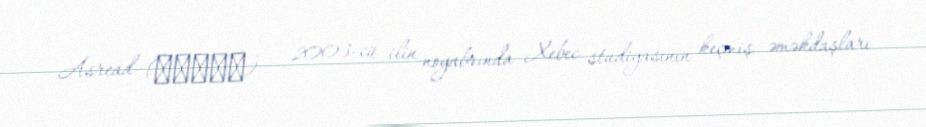
Asread (アスリード) — 2003-cü ilin noyabrında Xebec studiyasının keçmiş əməkdaşları